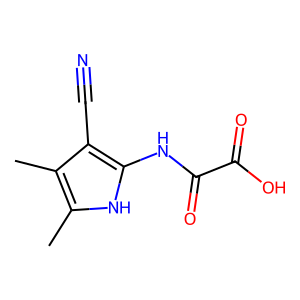
SMILES: Cc1[nH]c(NC(=O)C(=O)O)c(C#N)c1C
Inhibits HIV replication: No